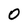
Character: O